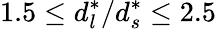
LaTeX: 1.5\leq d_{l}^{*}/d_{s}^{*}\leq 2.5